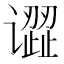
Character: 𰶎